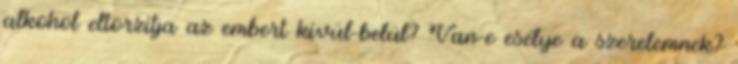
alkohol eltorzítja az embert kívül-belül? Van-e esélye a szerelemnek?